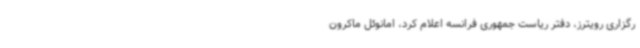
رگزاری رویترز، دفتر ریاست جمهوری فرانسه اعلام کرد، امانوئل ماکرون